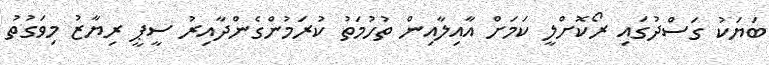
ބަޔަކު ގަސްދުގައި ރޯކޮށްލީ ކަމަށް އާއިލާއިން ތުހުމަތު ކުރަމުންގެންދާއިރު ސީޕީ ރިޔާޒު މިވަގުތު